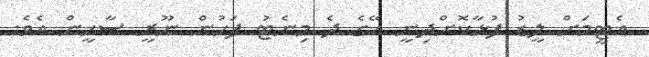
އެޓީމަށް ލީޑު ފުޅާކޮށްދިނީ އޭގެ ދެ މިނެޓު ފަހުން ނޫރީ ސާހީން އެވެ.